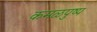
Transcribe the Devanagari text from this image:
कमळपुष्प